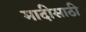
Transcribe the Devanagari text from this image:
मादीसाठी